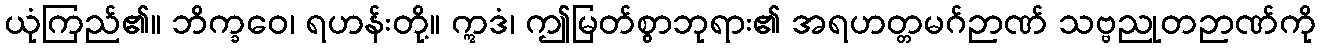
ယုံကြည်၏။ ဘိက္ခဝေ၊ ရဟန်းတို့။ ဣဒံ၊ ဤမြတ်စွာဘုရား၏ အရဟတ္တမဂ်ဉာဏ် သဗ္ဗညုတဉာဏ်ကို